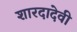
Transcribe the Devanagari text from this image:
शारदादेवी